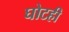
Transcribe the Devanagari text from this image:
घोटही